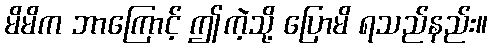
မိမိက ဘာကြောင့် ဤကဲ့သို့ ပြောမိ ရသည်နည်း။